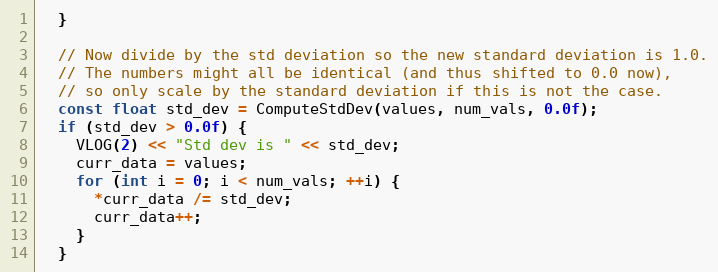
Language: C
  }

  // Now divide by the std deviation so the new standard deviation is 1.0.
  // The numbers might all be identical (and thus shifted to 0.0 now),
  // so only scale by the standard deviation if this is not the case.
  const float std_dev = ComputeStdDev(values, num_vals, 0.0f);
  if (std_dev > 0.0f) {
    VLOG(2) << "Std dev is " << std_dev;
    curr_data = values;
    for (int i = 0; i < num_vals; ++i) {
      *curr_data /= std_dev;
      curr_data++;
    }
  }